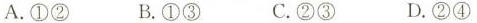
A.①② B.①③ C.②③ D.②④